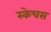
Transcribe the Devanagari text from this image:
स्केचस